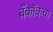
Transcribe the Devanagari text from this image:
बँकॉकचा